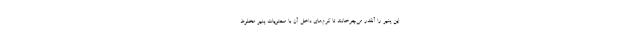
این پنیر را آنقدر می‌چرخانند تا کرم‌های داخل آن با محتویات پنیر مخلوط